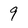
Character: 9